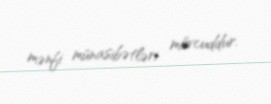
mənfi münasibətləri mövcuddur.